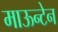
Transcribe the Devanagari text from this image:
माऊन्टेन